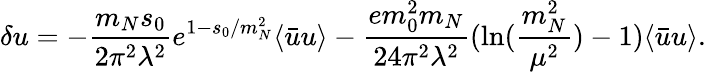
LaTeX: \delta u=-{\frac{m_{N}s_{0}}{2\pi^{2}\lambda^{2}}}e^{1-s_{0}/m_{N}^{2}}\langle\bar{u}u\rangle-{\frac{em_{0}^{2}m_{N}}{24\pi^{2}\lambda^{2}}}(\ln({\frac{m_{N}^{2}}{\mu^{2}}})-1)\langle\bar{u}u\rangle.